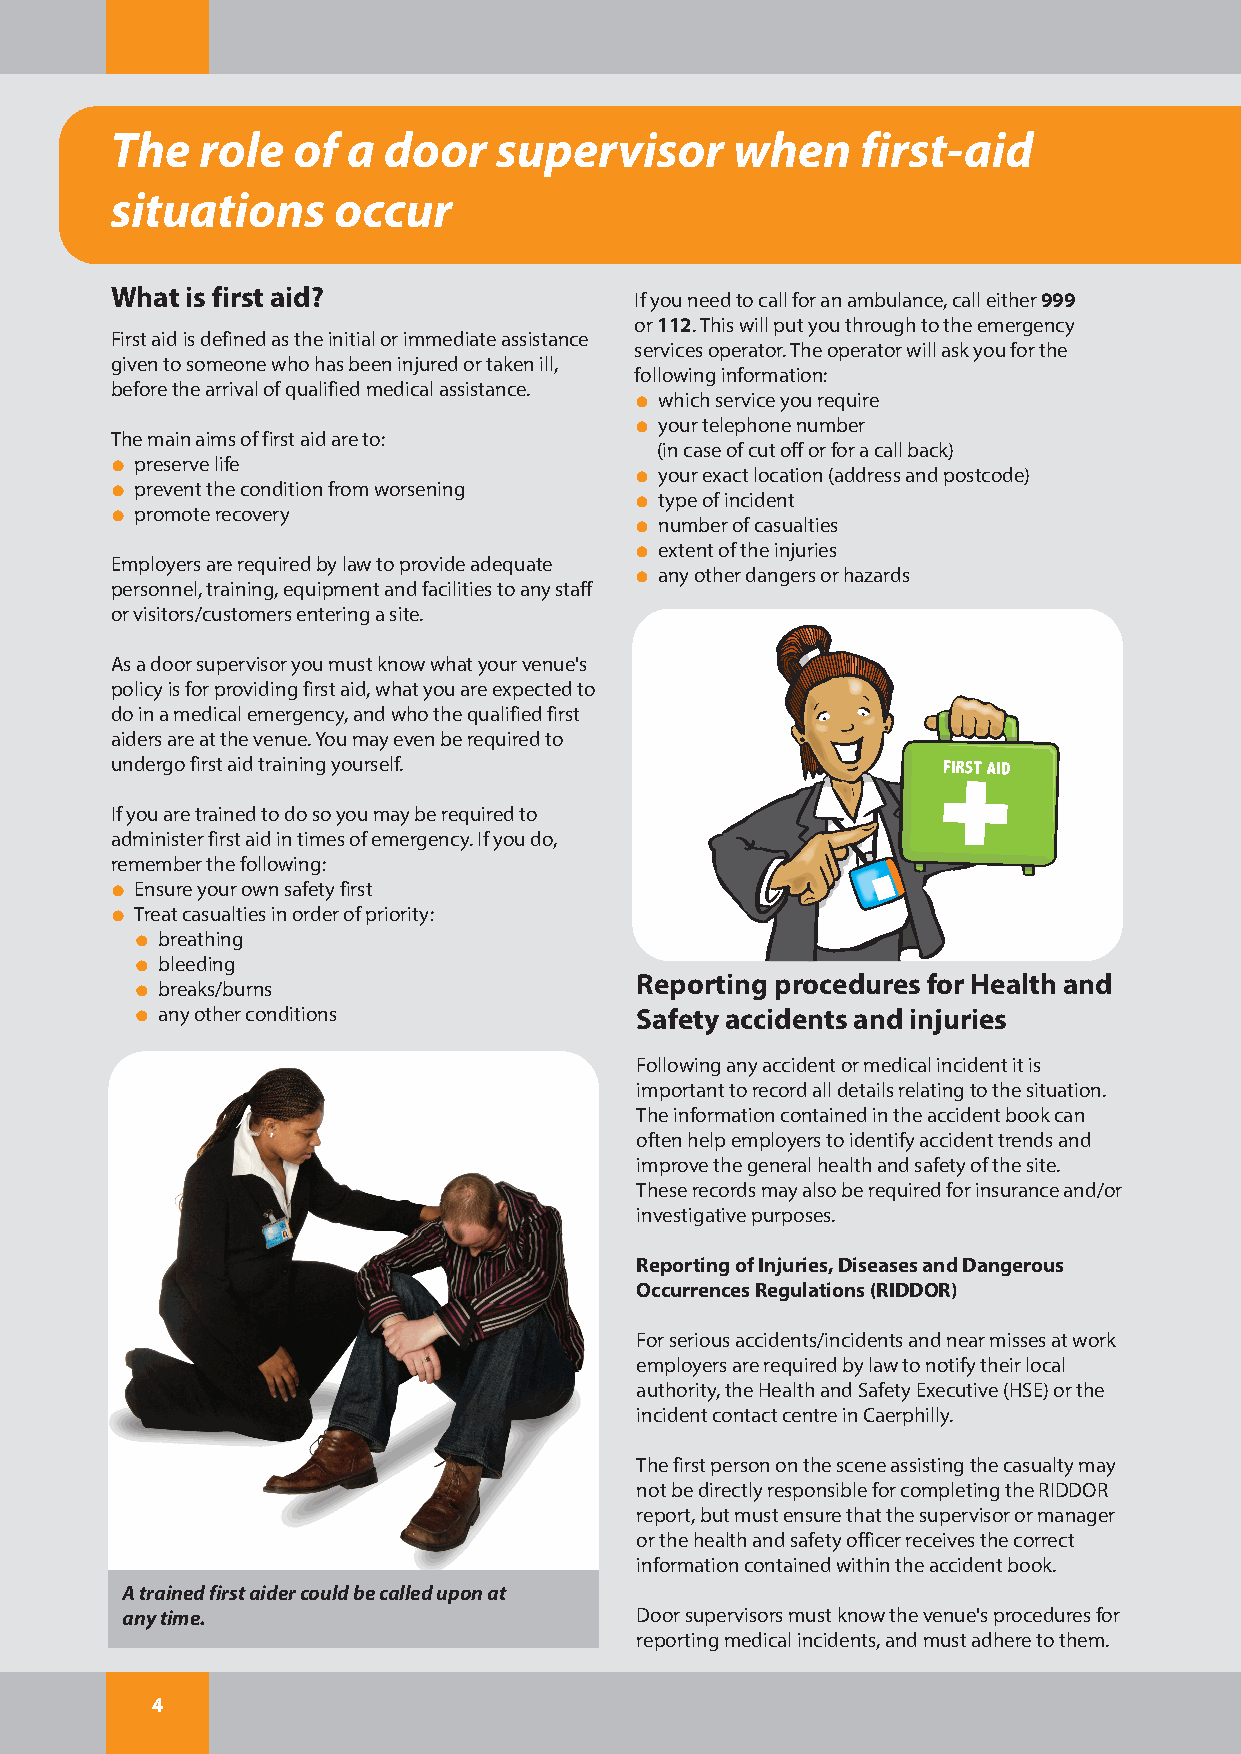
The   role  of  a door    supervisor      when    first-aid
 situations     occur
 What is first aid?
 If you need to call for an ambulance, call either999
 or 112. This will put you through to the emergency
 First aid is defined as the initial or immediate assistance
 services operator. The operator will ask you for the
 given to someone who has been injured or taken ill,
 following information:
 before the arrival of qualified medical assistance.
 which service you require
 your telephone number
 The main aims of first aid are to:
 (in case of cut off or for a call back)
 preserve life
 your exact location (address and postcode)
 prevent the condition from worsening
 type of incident
 promote recovery
 number of casualties
 extent of the injuries
 Employers are required by law to provide adequate
 any other dangers or hazards
 personnel, training, equipment and facilities to any staff
 or visitors/customers entering a site.
 As a door supervisor you must know what your venue's
 policy is for providing first aid, what you are expected to
 do in a medical emergency, and who the qualified first
 aiders are at the venue. You may even be required to
 undergo first aid training yourself.
 If you are trained to do so you may be required to
 administer first aid in times of emergency. If you do,
 remember the following:
 Ensure your own safety first
 Treat casualties in order of priority:
 breathing
 bleeding
 Reporting procedures for Health and
 breaks/burns
 any other conditions            Safety accidents and injuries
 Following any accident or medical incident it is
 important to record all details relating to the situation.
 The information contained in the accident book can
 often help employers to identify accident trends and
 improve the general health and safety of the site.
 These records may also be required for insurance and/or
 investigative purposes.
 Reporting of Injuries, Diseases and Dangerous
 Occurrences Regulations (RIDDOR)
 For serious accidents/incidents and near misses at work
 employers are required by law to notify their local
 authority, the Health and Safety Executive (HSE) or the
 incident contact centre in Caerphilly.
 The first person on the scene assisting the casualty may
 not be directly responsible for completing the RIDDOR
 report, but must ensure that the supervisor or manager
 or the health and safety officer receives the correct
 information contained within the accident book.
 A trained first aider could be called upon at
 any time.                         Door supervisors must know the venue's procedures for
 reporting medical incidents, and must adhere to them.
 4